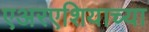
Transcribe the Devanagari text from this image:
एअरएशियाच्या